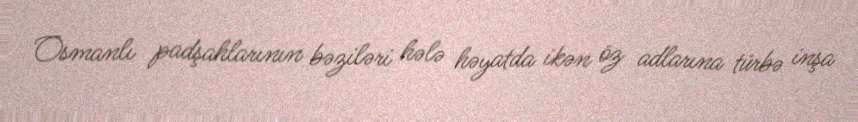
Osmanlı padşahlarının bəziləri hələ həyatda ikən öz adlarına türbə inşa